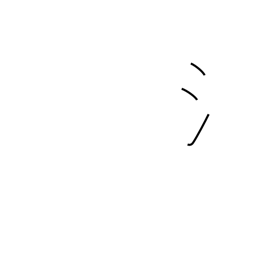
Meaning: water radical (no. 85)